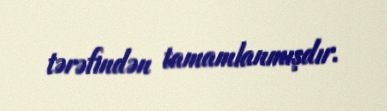
tərəfindən tamamlanmışdır.